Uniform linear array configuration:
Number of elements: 32
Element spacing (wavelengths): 0.25
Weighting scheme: binomial
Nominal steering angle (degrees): -45
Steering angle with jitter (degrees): -45.755
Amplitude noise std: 0.05
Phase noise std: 0.05

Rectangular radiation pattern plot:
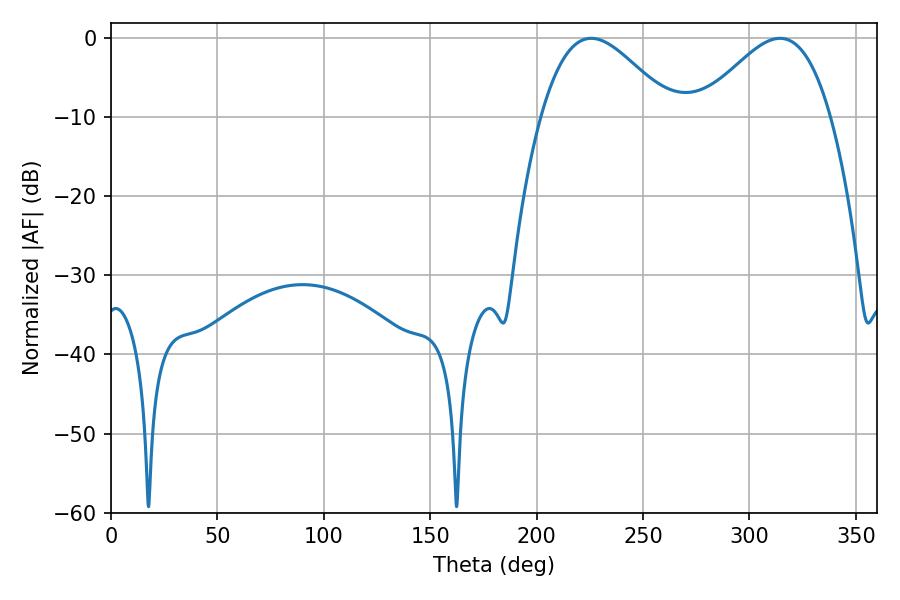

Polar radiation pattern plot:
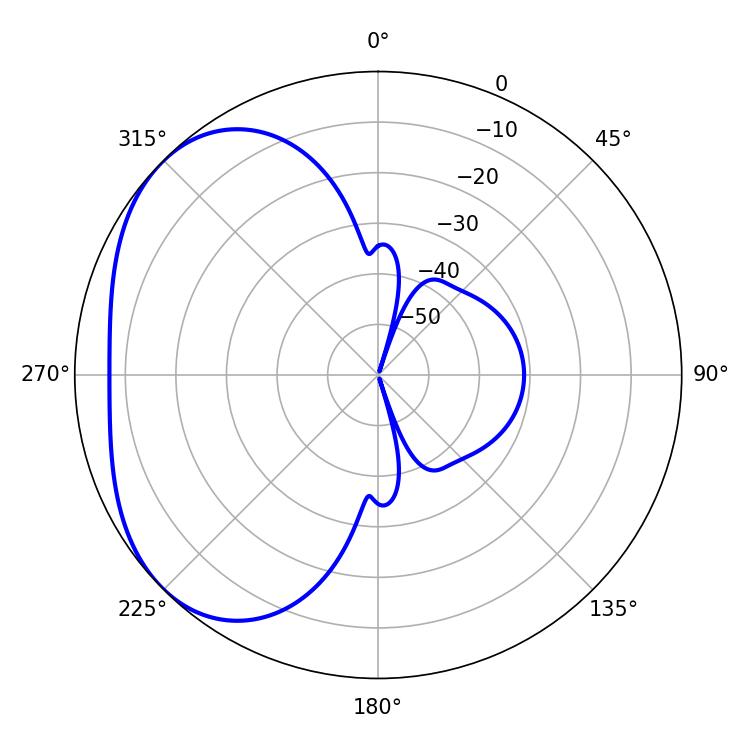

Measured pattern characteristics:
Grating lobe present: FALSE
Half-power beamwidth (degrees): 32.76
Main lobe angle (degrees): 225.72